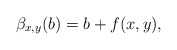
\begin{align*}\beta_{x,y}(b)=b+f(x,y),\end{align*}